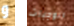
و الوجبات